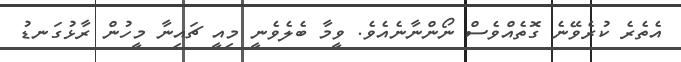
އެތެރެ ކުރެވޭނެ ގޮތެއްވެސް ނޯންނާނެއެވެ. ވީމާ ބެލެވެނީ މިއީ ޗައިނާ މީހުން ރާޅުގަނޑު